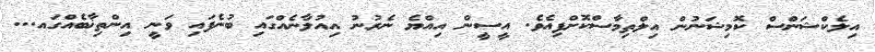
އިލެކްޝަންސް ކޮމިޝަނުން އިލްތިމާސްކޮށްފިއެވެ. އީސީން އިއްޔެ ނެރުނު އިއުލާނެއްގައި ބުނެފައި ވަނީ އިންތިޚާބެއްގައ...